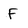
Character: F